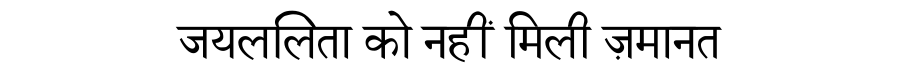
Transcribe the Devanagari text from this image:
जयललिता को नहीं मिली ज़मानत